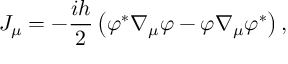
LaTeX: { \cal J } _ { \mu } = - \frac { i h } 2 \left( \varphi ^ { * } \nabla _ { \mu } \varphi - \varphi \nabla _ { \mu } \varphi ^ { * } \right) ,